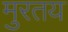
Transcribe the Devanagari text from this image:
मुरतय